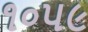
૧૦૫૯